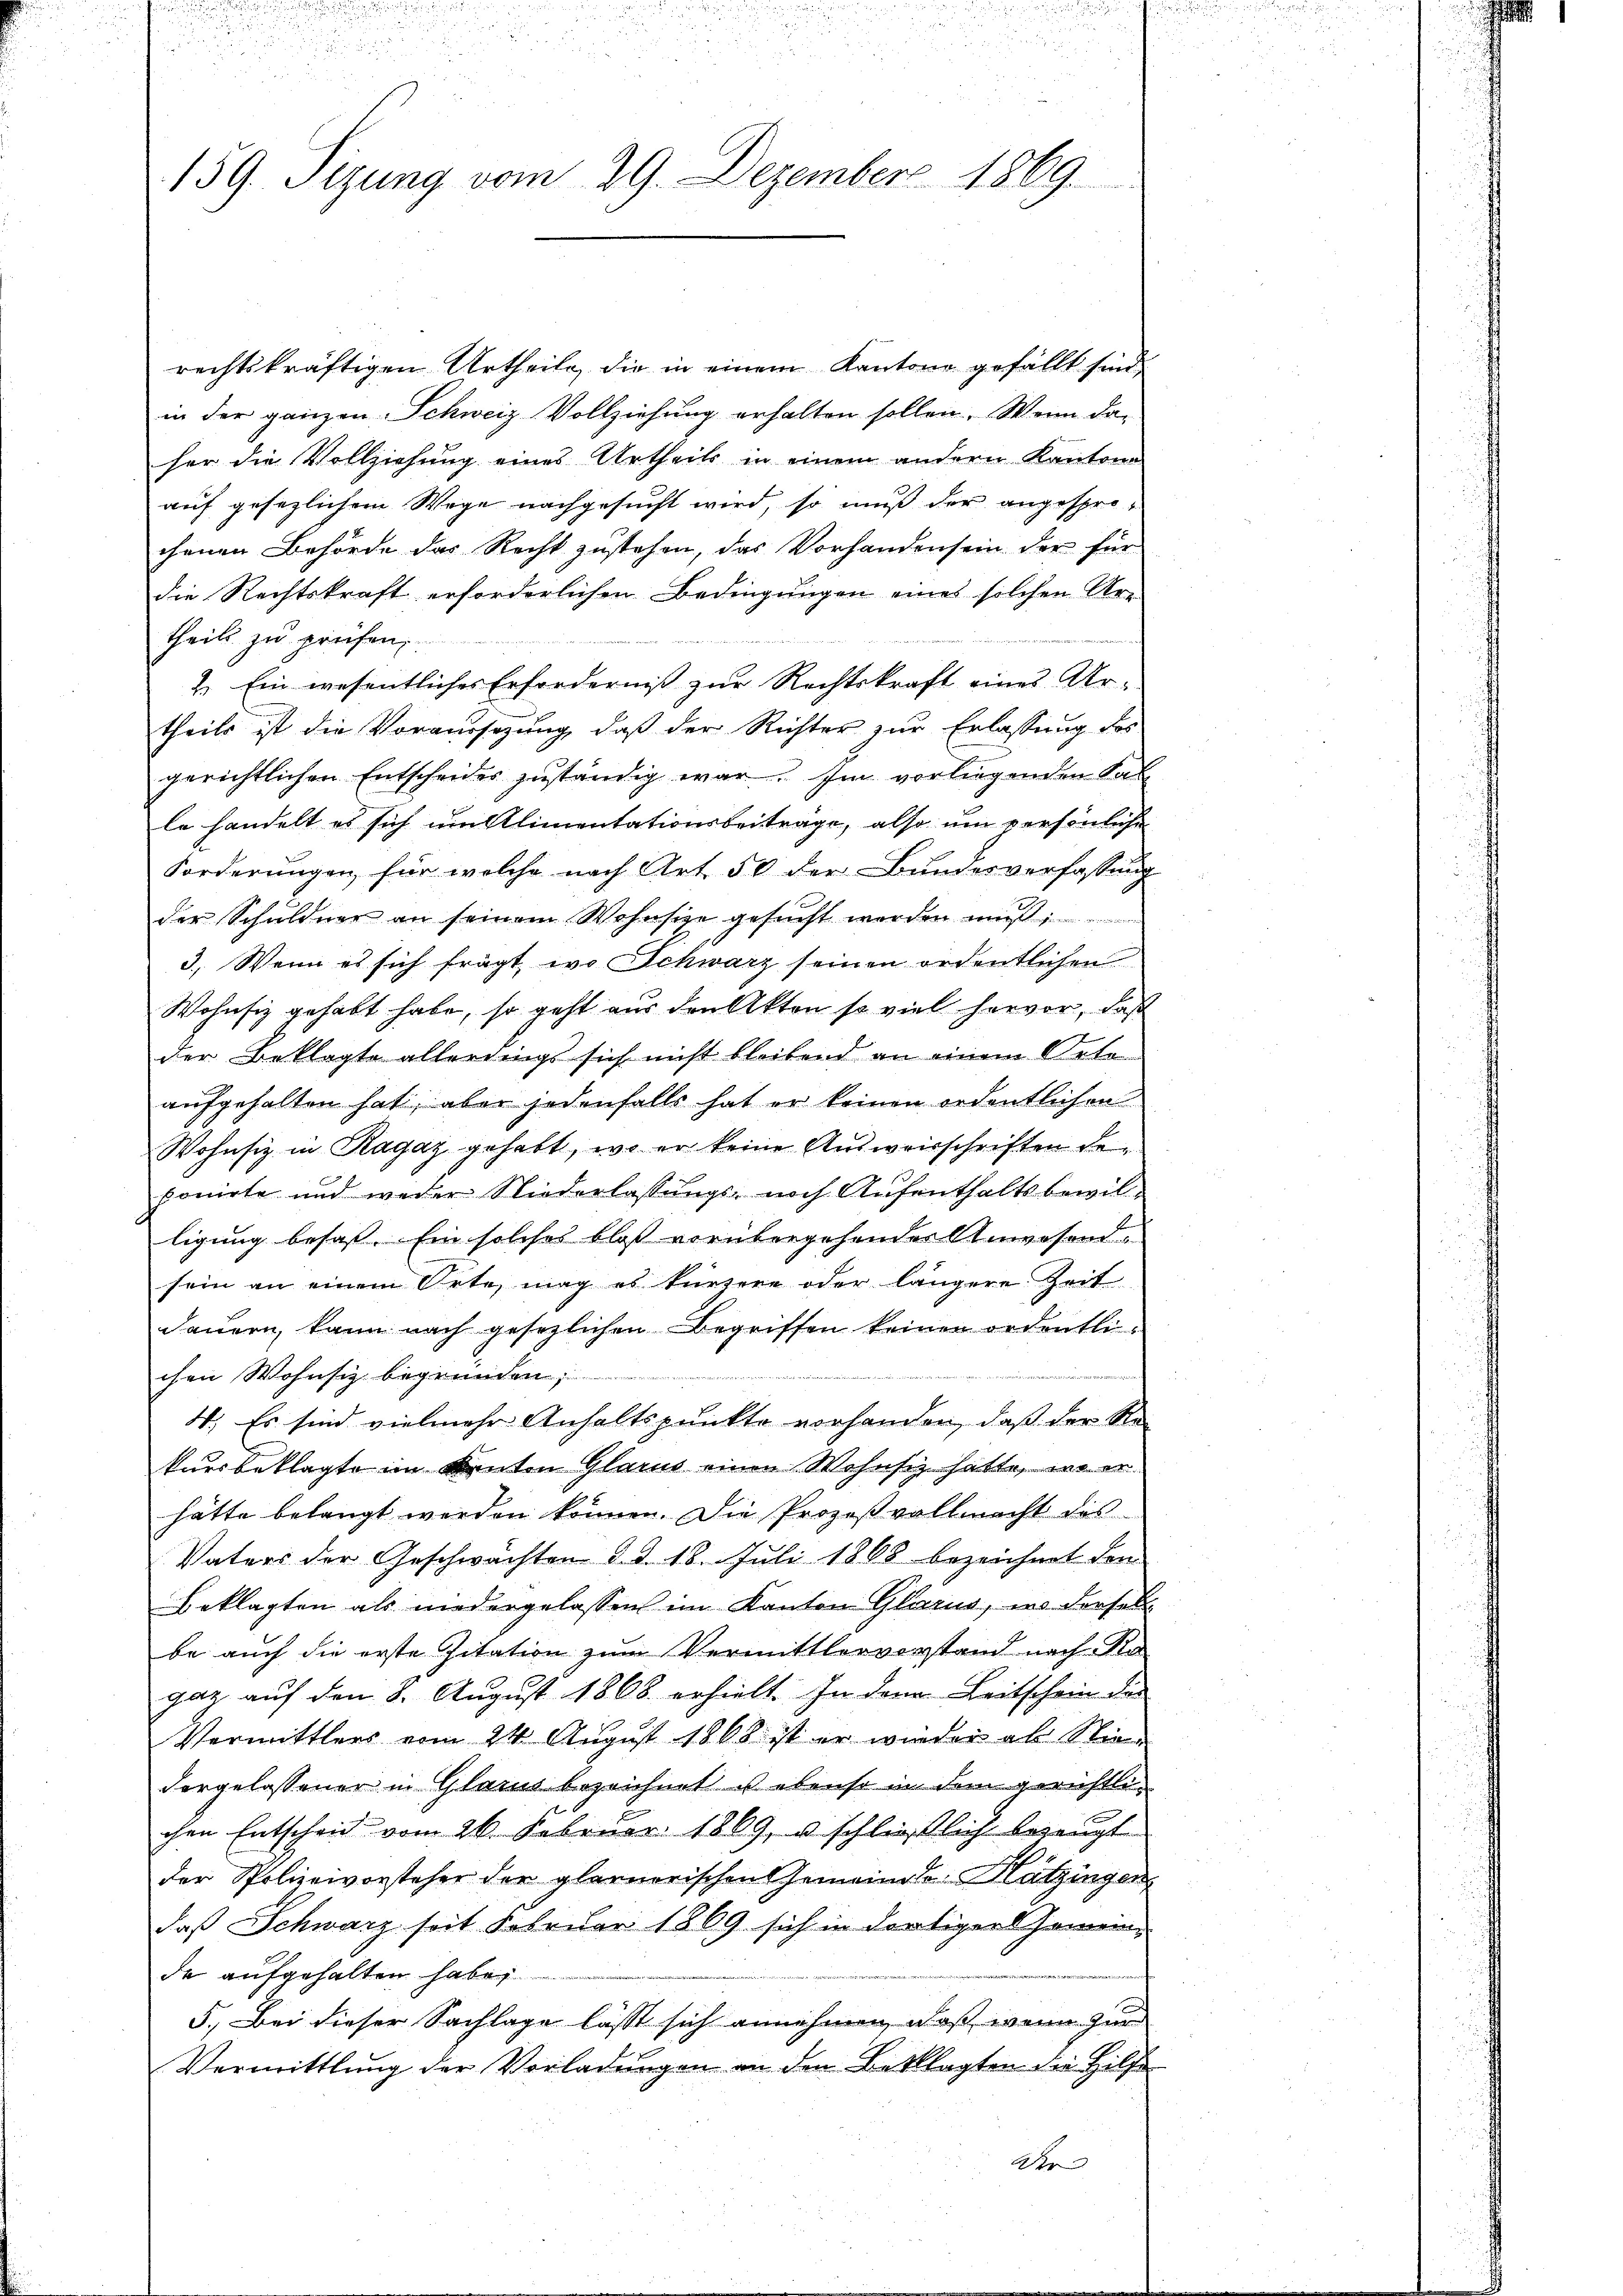
159. Sizung vom 29. Dezember 1869.

rechtskräftigen Urtheile, die in einem Kantone gefällt sind,
in der ganzen Schweiz Vollziehung erhalten sollen. Wenn da-
her die Vollziehung eines Urtheils in einem andern Kantone
auf gesezlichem Wege nachgesucht wird, so muß der angespro-
chenen Behörde das Recht zustehen, das Vorhandensein der für
die Rechtskraft erforderlichen Bedingungen eines solchen Urtheils zu prüfen,
2. Ein wesentliches Erforderniß zur Rechtskraft eines Artheils ist die Vorausschung, daß der Richter zur Erlassung des
gerichtlichen Entscheider zuständig war. Im vorliegenden Sal
le handelt es sich um Alimentationsbeiträge, also um persönliche
Forderungen für welche nach Art. 50 der Bundesverfassung
der Schuldner an seinem Wohnsitze gesucht werden mus
3. Wenn es sich fragt, wo Schwarz seinen ordentlichen
Wohnsiz gehabt habe, so geht aus den Akten so viel hervor, daß
der Beklagte allerdings sich nicht bleibend an einem Orte
aufgehalten hat, aber jedenfalls hat er keinen ordentlichen
Wohnsiz in Ragaz gehabt, wo er keine Ausweisschriften geponirte und weder Niederlassungs- noch Aufenthaltsbewilligung besass. Ein solches bloß vorübergehender Anwesend
sein an einem Orte mag es kürzere oder längere Zeit
dauern, kann nach gesezlichen Begriffen keinen ordentli¬
2
chen Wohnsiz begründen;
4. Es sind vielmehr Anhaltspunkte vorhanden, daß der Re-
kursbeklagte im Renten Glarus einen Wohnsiz hatte in er
hätte belangt werden können. Die Prozeßvollmacht des
Vaters der Geschwächten d. d. 18. Juli 1868 bezeichnet den
Beklagten als niedergelassen im Kanton Glarus, in dersel
be auch die erste Zitation zum Vermittlervorstand nach Ro
gaz auf den 8. August 1868 erhielt. In den Leitschein des
Vermittlers vom 24. August 1868 ist er wieder als Niedergelassener in Glarus bezeichnet ist ebenso in dem gerichtlichen Entscheid vom 26. Februar 1869, u. schließlich bezeugt
der Polizeivorsteher der glarnerischen Gemeinde Hatzingen,
daß Schwarz seit Februar 1869 sich in dortiger Gemeinde aufgehalten habe,
5.) Bei dieser Sachlage lässt sich annehmen, daß wenn zur
Vermittlung der Vorladungen an den Beklagten die Hilfe